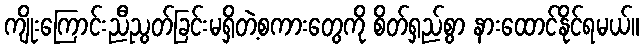
ကျိုးကြောင်းညီညွတ်ခြင်းမရှိတဲ့စကားတွေကို စိတ်ရှည်စွာ နားထောင်နိုင်ရမယ်။